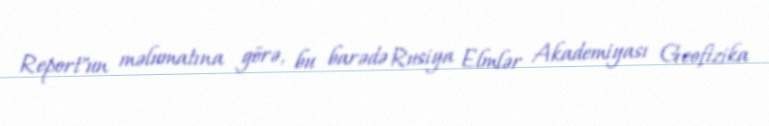
Report"un məlumatına görə, bu barədə Rusiya Elmlər Akademiyası Geofizika